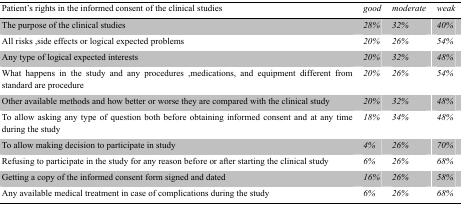
<table><thead><tr><td><b>Patient’s rights in the informed consent of the clinical studies</b></td><td><b>good</b></td><td><b>moderate</b></td><td><b>weak</b></td></tr></thead><tbody><tr><td>The purpose of the clinical studies</td><td><i>28%</i></td><td><i>32%</i></td><td><i>40%</i></td></tr><tr><td>All risks, side effects or logical expected problems</td><td><i>20%</i></td><td><i>26%</i></td><td><i>54%</i></td></tr><tr><td>Any type of logical expected interests</td><td><i>20%</i></td><td><i>32%</i></td><td><i>48%</i></td></tr><tr><td>What happens in the study and any procedures, medications, and equipment different from standard are procedure</td><td><i>20%</i></td><td><i>26%</i></td><td><i>54%</i></td></tr><tr><td>Other available methods and how better or worse they are compared with the clinical study</td><td><i>20%</i></td><td><i>32%</i></td><td><i>48%</i></td></tr><tr><td>To allow asking any type of question both before obtaining informed consent and at any time during the study</td><td><i>18%</i></td><td><i>34%</i></td><td><i>48%</i></td></tr><tr><td>To allow making decision to participate in study</td><td><i>4%</i></td><td><i>26%</i></td><td><i>70%</i></td></tr><tr><td>Refusing to participate in the study for any reason before or after starting the clinical study</td><td><i>6%</i></td><td><i>26%</i></td><td><i>68%</i></td></tr><tr><td>Getting a copy of the informed consent form signed and dated</td><td><i>16%</i></td><td><i>26%</i></td><td><i>58%</i></td></tr><tr><td>Any available medical treatment in case of complications during the study</td><td><i>6%</i></td><td><i>26%</i></td><td><i>68%</i></td></tr></tbody></table>